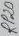
Text: RP2B